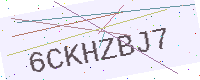
Text: 6CKHZBJ7